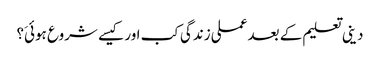
دینی تعلیم کے بعد عملی زندگی کب اور کیسے شروع ہوئیَ؟